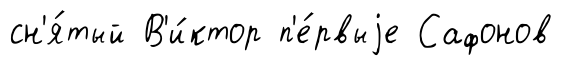
сн'я́тый В'и́ктор п'е́рвыjе Сафонов